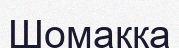
Шомаққа